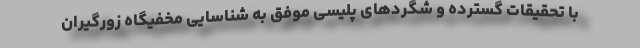
با تحقیقات گسترده و شگردهای پلیسی موفق به شناسایی مخفیگاه زورگیران